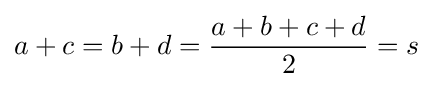
a+c=b+d={\frac {a+b+c+d}{2}}=s